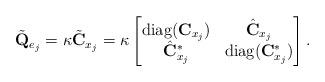
LaTeX: \begin{align*}\tilde {\bf Q}_{e_j}&=\kappa\tilde {\bf C}_{x_j}=\kappa\begin{bmatrix}{\rm diag}(\mathbf{C}_{x_j}) & \hat{\mathbf{C}}_{x_j}\\\hat{\mathbf{C}}^{*}_{x_j} & {\rm diag}(\mathbf{C}^{*}_{x_j})\end{bmatrix}.\end{align*}